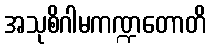
အသုစိဂါမကဏ္ဍတောတိ